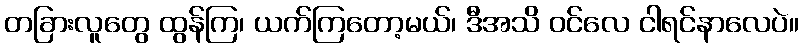
တခြားလူတွေ ထွန်ကြ၊ ယက်ကြတော့မယ်၊ ဒီအသိ ဝင်လေ ငါရင်နာလေပဲ။